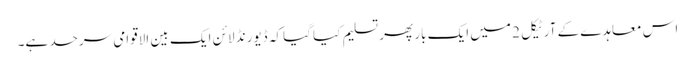
اس معاہدے کے آرٹیکل 2 میں ایک بار پھر تسلیم کیا گیا کہ ڈیورنڈ لائن ایک بین الاقوامی سرحد ہے۔